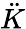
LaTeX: \ddot{K}